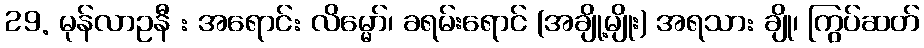
29. မုန်လာဥနီ : အရောင်: လိမ္မော်၊ ခရမ်းရောင် (အချို့မျိုး) အရသာ: ချို၊ ကြွပ်ဆတ်